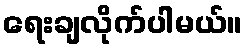
ရေးချလိုက်ပါမယ်။